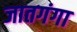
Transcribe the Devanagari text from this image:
जातगंगा